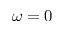
\omega = 0